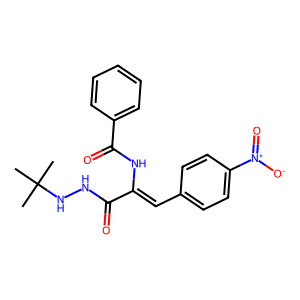
SMILES: CC(C)(C)NNC(=O)C(=Cc1ccc([N+](=O)[O-])cc1)NC(=O)c1ccccc1
Inhibits HIV replication: No